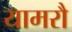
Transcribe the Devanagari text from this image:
यामरौ